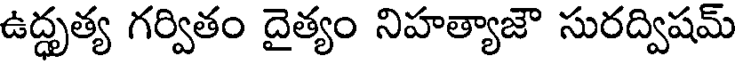
ఉద్ధృత్య గర్వితం దైత్యం నిహత్యాజౌ సురద్విషమ్